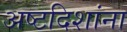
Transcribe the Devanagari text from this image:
अष्टदिशांना